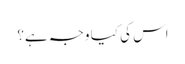
اس کی کیا وجہ ہے؟